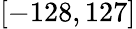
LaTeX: [-128,127]